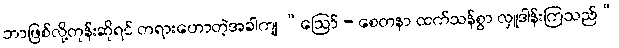
ဘာဖြစ်လို့တုန်းဆိုရင် တရားဟောတဲ့အခါကျ “ဩော် - စေတနာ ထက်သန်စွာ လှူဒါန်းကြသည်”